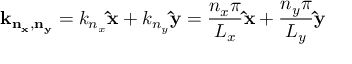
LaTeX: \mathbf { k _ { n _ { x } , n _ { y } } } = k _ { n _ { x } } \mathbf { \hat { x } } + k _ { n _ { y } } \mathbf { \hat { y } } = { \frac { n _ { x } \pi } { L _ { x } } } \mathbf { \hat { x } } + { \frac { n _ { y } \pi } { L _ { y } } } \mathbf { \hat { y } }